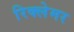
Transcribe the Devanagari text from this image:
रिक्लेमर